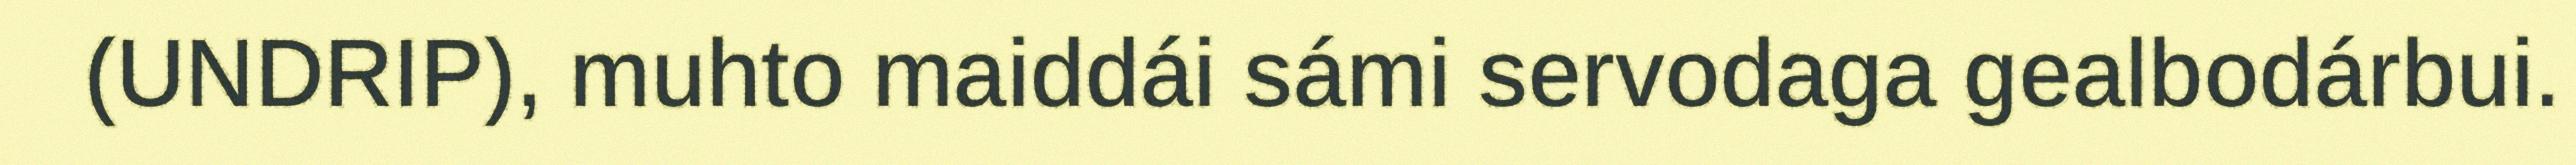
(UNDRIP), muhto maiddái sámi servodaga gealbodárbui.